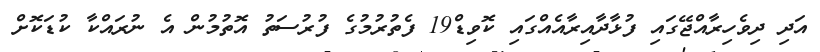
އަދި ދިވެހިރާއްޖޭގައި ފުޅާދާއިރާއެއްގައި ކޮވިޑް19 ފެތުރުމުގެ ފުރުސަތު އޮތުމުން އެ ނުރައްކާ ކުޑަކޮށް